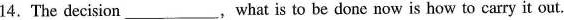
14.The decision___, what is to be done now is how to carry it out.